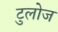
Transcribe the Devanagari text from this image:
टुलोज